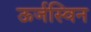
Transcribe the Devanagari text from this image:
ऊर्जस्विन